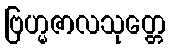
ဗြဟ္မဇာလသုတ္တေ